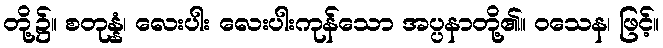
တို့၌။ စတုန္နံ၊ လေးပါး လေးပါးကုန်သော အပ္ပနာတို့၏။ ဝသေန၊ ဖြင့်။